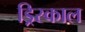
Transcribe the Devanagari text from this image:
ड्रिस्काल